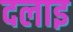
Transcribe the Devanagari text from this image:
दलाइ